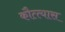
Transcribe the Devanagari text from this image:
कौत्त्यास